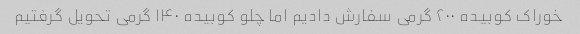
خوراک کوبیده ۲۰۰ گرمی سفارش دادیم اما چلو کوبیده ۱۴۰ گرمی تحویل گرفتیم